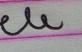
Signature authenticity: forged